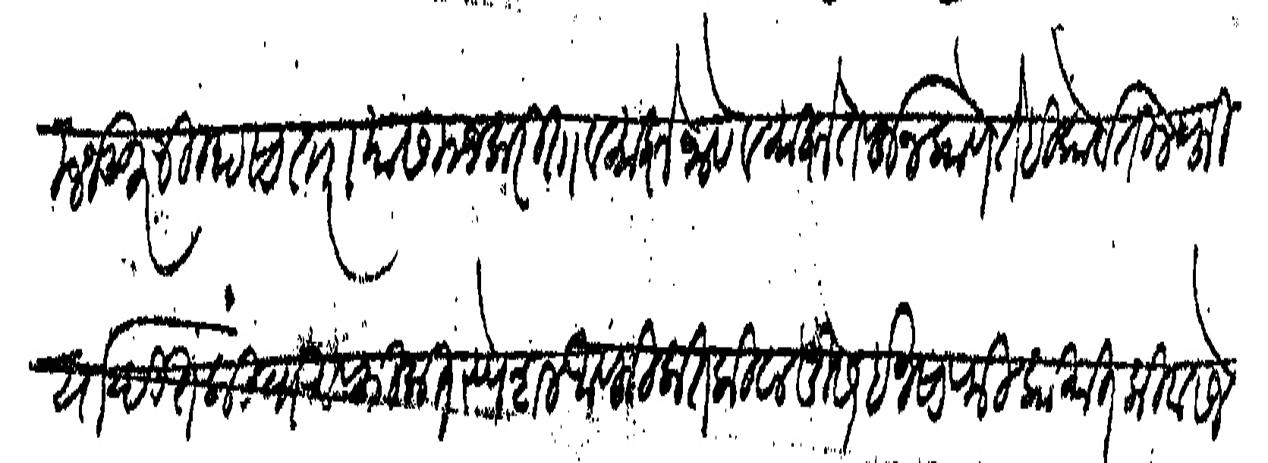
Transliteration (Devanagari): मजकूर जिल्हा सातारा यास मजकरिता व माझे नावे व माझे तर्फून कोणतेही कोर्टातील फिर्यादीत किवा आफिलात स्पेशल आफिलात किवा दुसरे इनसाफी कामात किवा रजेष्टर